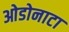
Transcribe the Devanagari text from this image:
ओडोनाटा